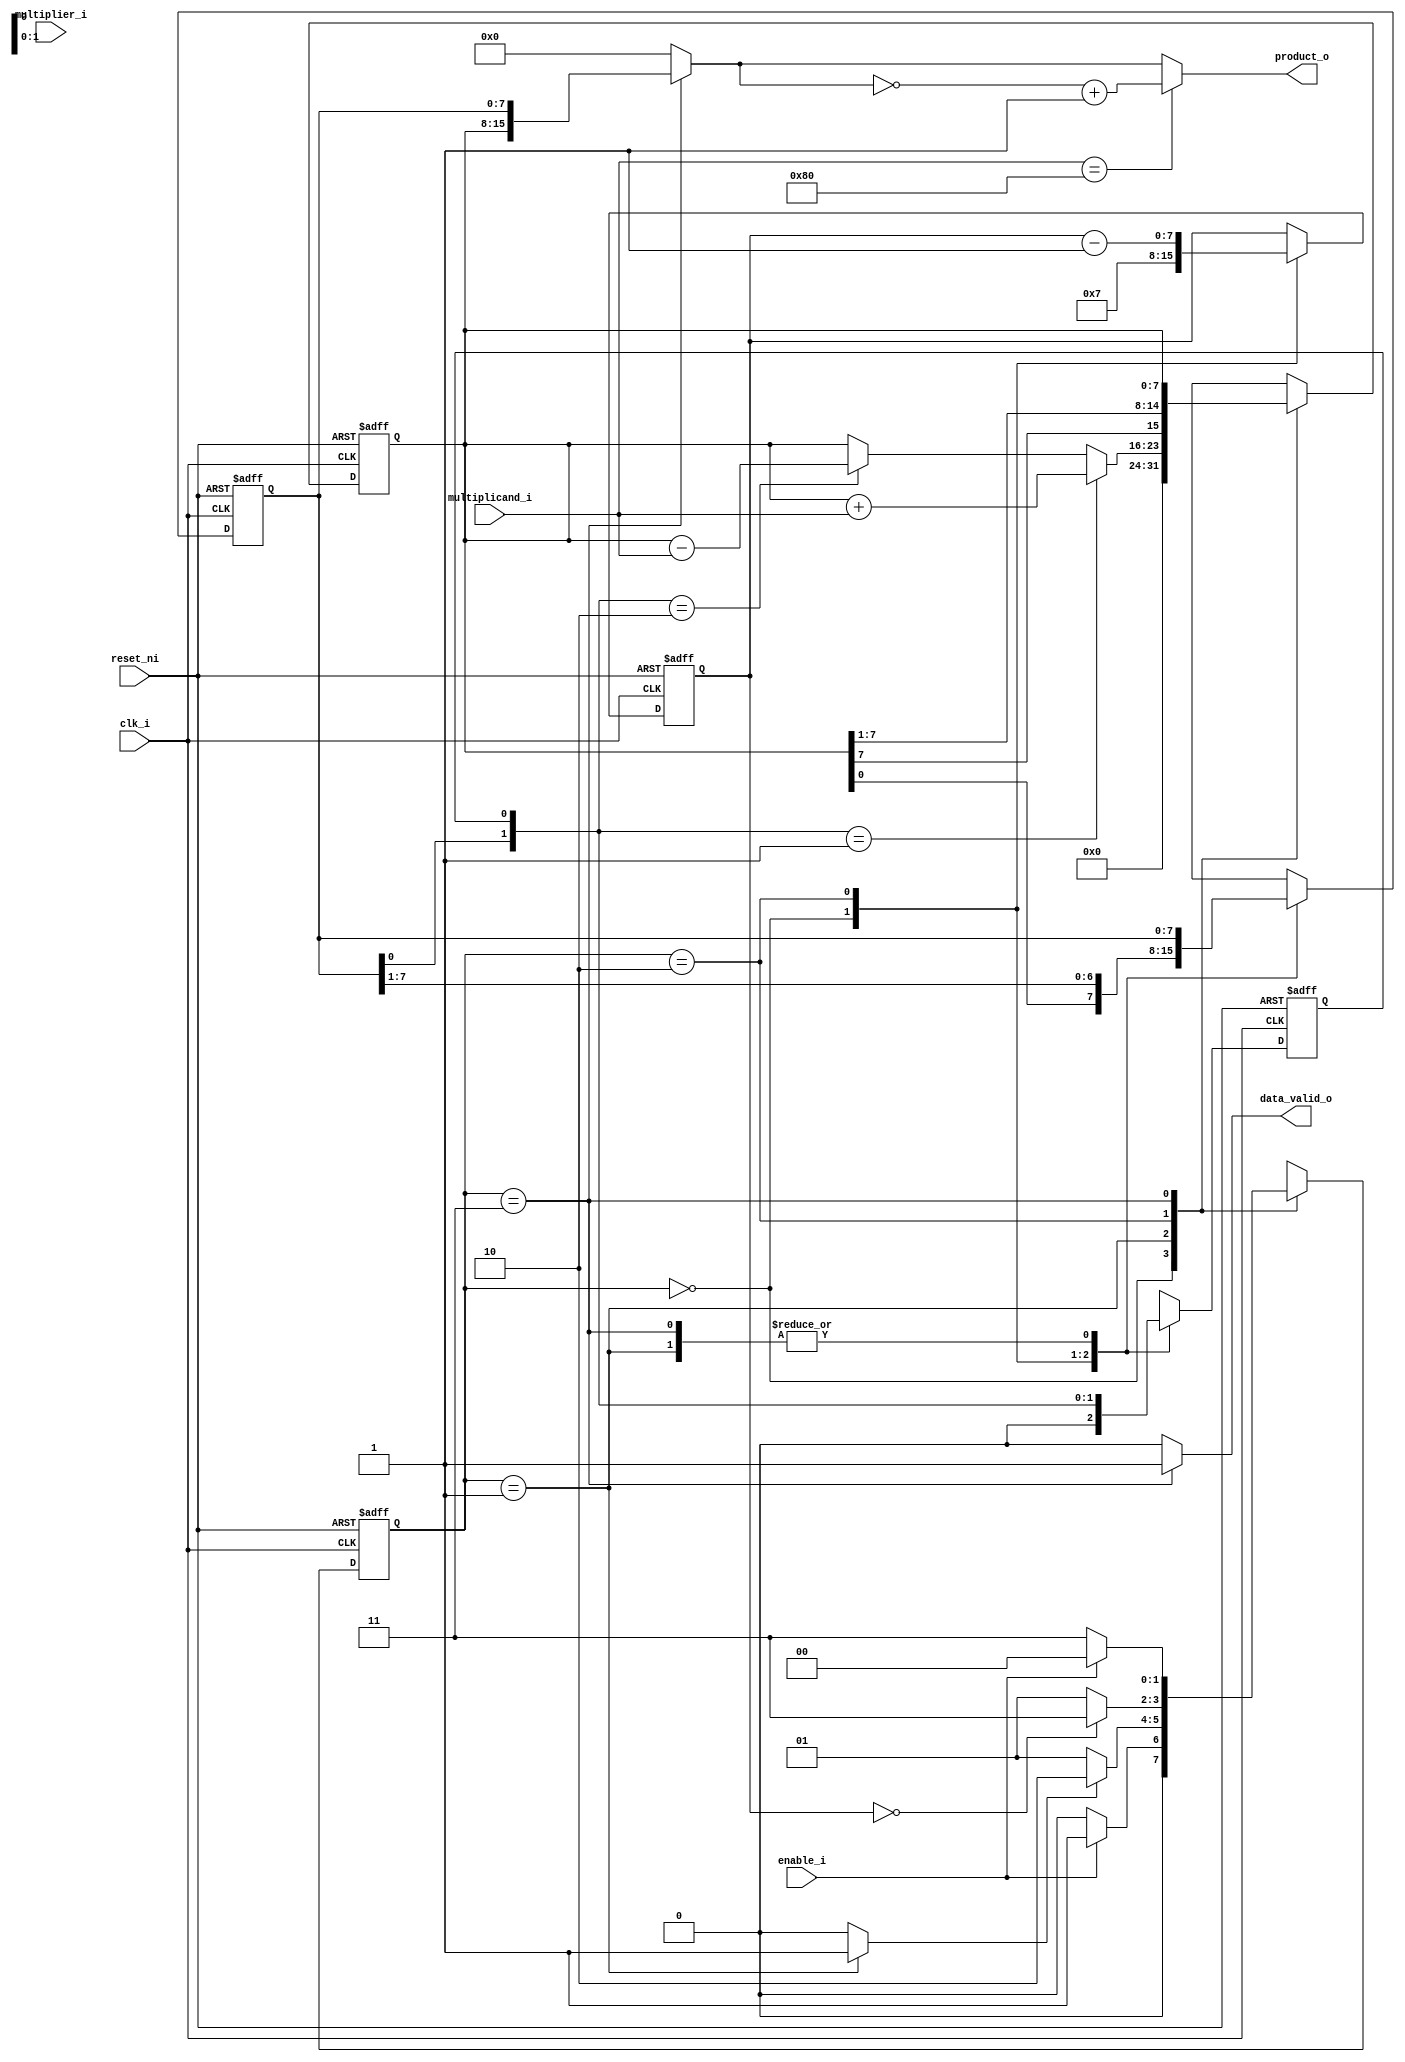
module booth_multiply_fsmd  #(parameter DATA_SIZE = 8 )
(
    input                           clk_i                   ,
    input                           reset_ni                ,
    input                           enable_i                ,
    input   [7 : 0]                 multiplicand_i          ,
    input   [7 : 0]                 multiplier_i            ,
    output                          data_valid_o            ,
    output  [15 : 0]                product_o
);
    // Declare state
    localparam      START                   =   2'b00           ;
    localparam      HANDLE_ACC              =   2'b01           ;
    localparam      ARITHMETIC_RIGHT_SHIFT  =   2'b10           ;
    localparam      FINISH                  =   2'b11           ;

    reg [1:0]   current_state               ;
    reg [1:0]   next_state                  ;

    // Decalare variale
    reg     [7:0]       acc                             ;
    reg     [7:0]       q                               ;
    reg                 q_1                             ;   //  LSB of multiplier before right shift
    wire     [7:0]       old_acc                         ;
    wire     [7:0]       old_q                           ;
    wire                 old_q_1                         ;
    //reg     [7:0]       old_count                       ;
    reg     [7:0]       count                           ;  
    wire                handle_acc_done                 ;

    // Decalare ouput net and connect them
    wire                 data_valid                      ;
    wire     [15:0]      product                         ;

    assign              data_valid_o    =   data_valid  ;
    assign              product_o       =   (multiplicand_i == 8'b1000_0000) ? ( (~product) + 1 ) : product     ;

    // Current_state
    always @(posedge clk_i, negedge reset_ni) begin

        if(!reset_ni) begin
            current_state   <=  START       ;
        end
        else begin
            current_state   <=  next_state  ;    
        end
    end

    // Next_state
    always @(*) begin
        case (current_state)
            START   :
                if(enable_i)
                    next_state  =   HANDLE_ACC  ;
                else
                    next_state  =   START   ; 
            
            HANDLE_ACC  :
                if (handle_acc_done)
                    next_state  =   ARITHMETIC_RIGHT_SHIFT  ;
                
                else
                    next_state  =   HANDLE_ACC  ;
            
            ARITHMETIC_RIGHT_SHIFT  :
                if (count == 0)
                    next_state  =   FINISH  ;
                else
                    next_state  =   HANDLE_ACC  ;

            FINISH  :
                if (enable_i)
                    next_state  =   START       ;
                else
                    next_state  =   FINISH  ;
                    
            default: 
                next_state  =   START       ;
        endcase
    end

    //Output
    always @(posedge clk_i, negedge reset_ni) begin
        if (~reset_ni) begin
            acc     <=   0;
            q       <=   0;
            q_1     <=   0;
        end
        else begin
            case (current_state)
                START   :   begin
                    acc     <=   0                   ;
                    q       <=   multiplier_i        ;
                    q_1     <=   0                   ;
                    //count   =   8                   ;
                    // product     =   0               ;
                    // data_valid  =   0               ;
                    // handle_acc_done =   0           ;
                end
    
                HANDLE_ACC  :   begin
                    if ( {q[0], q_1} == 2'b01 ) begin
                        acc     <=   acc + multiplicand_i    ;
                    end
    
                    else if ( {q[0], q_1} == 2'b10 ) begin
                        acc     <=   acc - multiplicand_i    ;
                    end
    
                    else begin
                        acc             <=   old_acc ;
                    end
                    q       <=   old_q   ;
                    q_1     <=   old_q_1 ;
                    //count   =   old_count       ;
                    // product =   0       ;
                    // data_valid  =   0   ;
                    // handle_acc_done =   1   ;
                end
    
                ARITHMETIC_RIGHT_SHIFT  : begin
                    {acc, q, q_1}   <=   {old_acc[7], old_acc, q}    ;
                //     //count   =   count - 1   ;
                //     // product =   0   ;
                //     // data_valid  =   0   ;
                //     // handle_acc_done =   0   ;
                end
    
                FINISH  : begin
                //     // product     =   {acc,q}     ;
                //     // data_valid  =   1           ;
                    acc         <=   old_acc     ;
                    q           <=   old_q       ;
                    q_1         <=   old_q_1     ;
                //     //count       =   0           ;
                //     // handle_acc_done =   0       ;
                end
    
                // default : begin
                //     // acc     <=   0                   ;
                //     // q       <=   0                   ;
                //     // q_1     <=   0                   ;
                //     //count   =   0                   ;
                //     // product     =   0               ;
                //     // data_valid  =   0               ;
                //     // handle_acc_done =   0           ;
                // end
            endcase
        end
    end

    assign product         = (current_state == FINISH) ? {acc,q} : 0;
    assign handle_acc_done = (current_state == HANDLE_ACC) ? 1:0;
    assign data_valid      = (current_state == FINISH) ? 1:0 ;
    // always @(posedge clk_i or negedge reset_ni) begin 
    //     if(~reset_ni) begin
    //         data_valid <= 0;
    //     end else begin
    //         data_valid <= (current_state == FINISH) ? 1:0 ;
    //     end
    // end

    always @(posedge clk_i, negedge reset_ni) begin
        if (~reset_ni) begin
            count           <=  0                   ;
        end
        else begin
            case (current_state)
                START   :   begin   
                    count   <=   7                   ; 
                end
                ARITHMETIC_RIGHT_SHIFT  : begin
                    count   <=   count - 1   ;
                end
            endcase
        end
    end
    // internal signal to hold data in combinational logic above
    // always @(posedge clk_i, negedge reset_ni) begin
    //     if (~reset_ni) begin
    //         old_acc             <=   0                   ;
    //         old_q               <=   0                   ;
    //         old_q_1             <=   0                   ;
    //         //old_count           <=  0                   ;
    //     end
    //     else begin
    //         old_acc             <=   acc                    ;
    //         old_q               <=   q                      ;
    //         old_q_1             <=   q_1                    ;
    //         //old_count           <=   count                  ;
    //     end
    // end
    assign old_acc             =   acc                    ;
    assign old_q               =   q                      ;
    assign old_q_1             =   q_1                    ;
endmodule